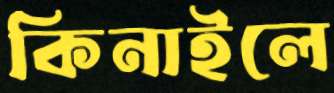
কিনাইলে